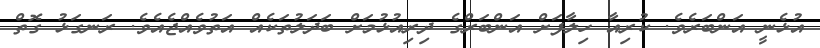
އުޅެނީ އަންބަރެވެ. ކުރިއާ ހިލާފަށް އަންބަރްގެ ދިރިއުޅުމަށް ބަދަލުތަކެއް އަތުވެއްޖެއެވެ. ރަނގަޅު ގޮތް